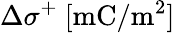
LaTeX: \Delta\sigma^{+}~[\mathrm{mC/m^{2}}]